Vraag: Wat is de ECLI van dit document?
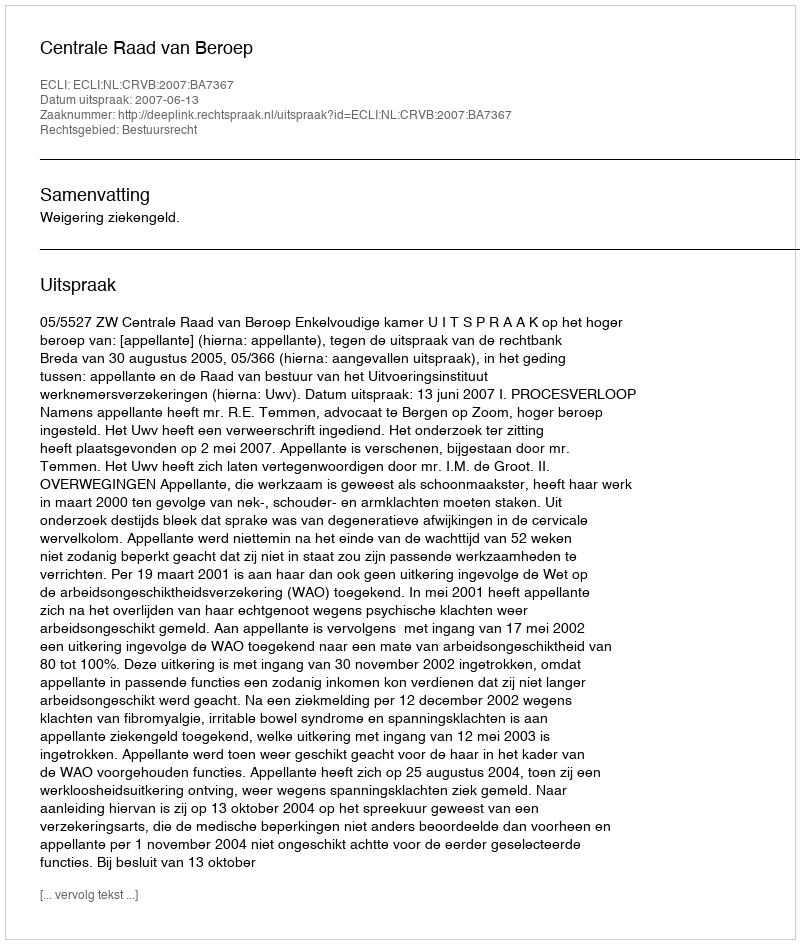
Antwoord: ECLI:NL:CRVB:2007:BA7367